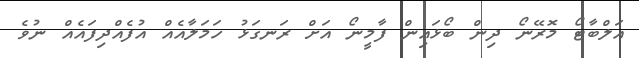
އަލްބާޓޯ މޮރޭނޯ ދިން ބޯޅައިން ފާމީނޯ އަށް ރަނގަޅު ހަމަލާއެއް އުފެއްދިފައެއް ނުވެ